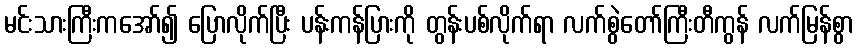
မင်းသားကြီးကအော်၍ ပြောလိုက်ပြီး ပန်းကန်ပြားကို တွန်းပစ်လိုက်ရာ လက်စွဲတော်ကြီးတီကွန် လက်မြန်စွာ